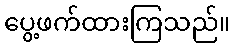
ပွေ့ဖက်ထားကြသည်။